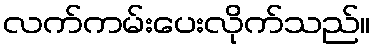
လက်ကမ်းပေးလိုက်သည်။